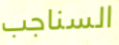
السناجب